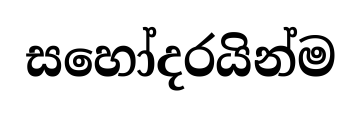
සහෝදරයින්ම